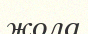
жола